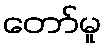
တော်မူ